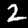
Digit: 2